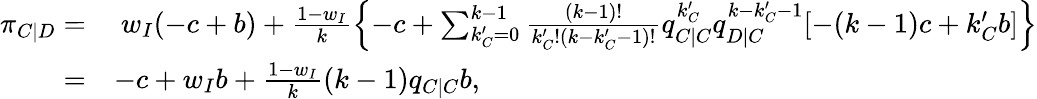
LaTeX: \begin{array}{rl}{\pi_{C|D}=}&{~w_{I}(-c+b)+\frac{1-w_{I}}{k}\left\{ -c+\sum_{k_{C}^{\prime}=0}^{k-1}{\frac{(k-1)!}{k_{C}^{\prime}!(k-k_{C}^{\prime}-1)!}q_{C|C}^{k_{C}^{\prime}}q_{D|C}^{k-k_{C}^{\prime}-1}[-(k-1)c+k_{C}^{\prime}b]}\right\} }\\ {=}&{-c+w_{I}b+\frac{1-w_{I}}{k}(k-1)q_{C|C}b,}\end{array}